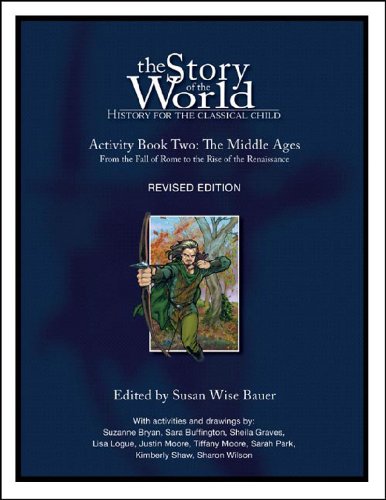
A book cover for The Story of the World: History for the Classical Child, Activity Book 2: The Middle Ages: From the Fall of Rome to the Rise of the Renaissance; Education & Teaching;